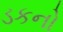
ડકનો